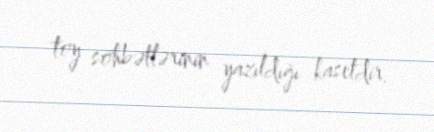
toy söhbətlərinin yazıldığı kasetdir.